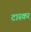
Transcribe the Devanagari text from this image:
टास्कर